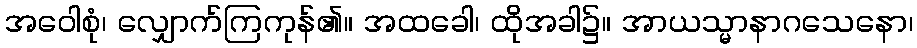
အဝေါစုံ၊ လျှောက်ကြကုန်၏။ အထခေါ၊ ထိုအခါ၌။ အာယသ္မာနာဂသေနော၊